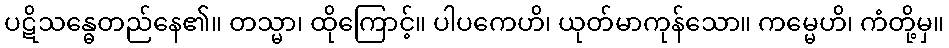
ပဋိသန္ဓေတည်နေ၏။ တသ္မာ၊ ထိုကြောင့်။ ပါပကေဟိ၊ ယုတ်မာကုန်သော။ ကမ္မေဟိ၊ ကံတို့မှ။